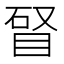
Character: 䀾